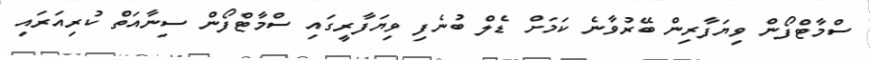
ސްމާޓްފޯން ވިޔަފާރިން ބޭރުވާނެ ކަމަށް ޑެލް ބުނެފި ވިޔަފާރީގައި ސްމާޓްފޯން ސިނާއަތް ކުރިއަރައި